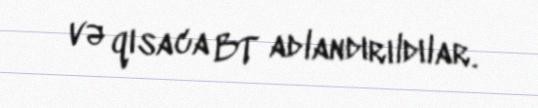
və qısaca BT adlandırıldılar.